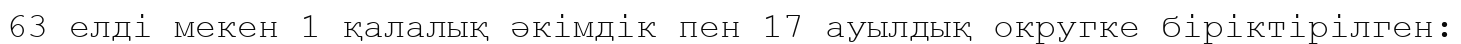
63 елді мекен 1 қалалық әкімдік пен 17 ауылдық округке біріктірілген: